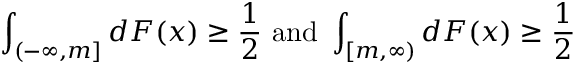
\int _ { ( - \infty , m ] } d F ( x ) \geq { \frac { 1 } { 2 } } { \mathrm { ~ a n d ~ } } \int _ { [ m , \infty ) } d F ( x ) \geq { \frac { 1 } { 2 } }